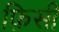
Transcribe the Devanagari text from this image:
फ़िसी